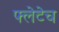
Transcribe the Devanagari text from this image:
फ्लेटेच